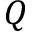
Q